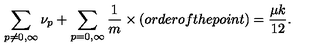
\sum _ { p \neq 0 , \infty } { \nu _ { p } } + \sum _ { p = 0 , \infty } \frac { 1 } { m } \times ( o r d e r o f t h e p o i n t ) = \frac { \mu k } { 1 2 } .